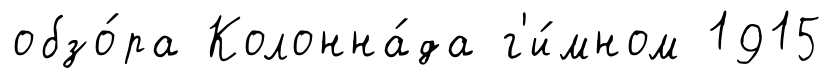
обзо́ра Колонна́да г'и́мном 1915